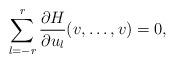
LaTeX: \begin{align*} \sum_{l=-r}^{r}\frac{\partial H}{\partial u_l}(v, \dots, v)=0,\end{align*}